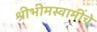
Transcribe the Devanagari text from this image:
श्रीभीमस्वामींचे